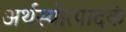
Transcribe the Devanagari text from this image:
अर्थस्योत्पादकं